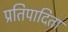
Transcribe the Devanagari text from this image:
प्रतिपादिता